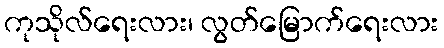
ကုသိုလ်ရေးလား၊ လွတ်မြောက်ရေးလား